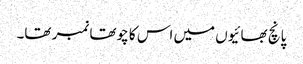
پانچ بھائیوں میں اس کا چوتھا نمبر تھا۔